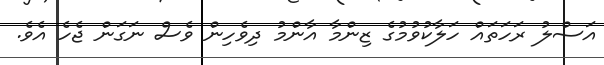
އަސްލު ރަހަތައް ހަލާކުވުމުގެ ޒިންމާ އާންމު ދިވެހިން ވެސް ނަގަން ޖެހެ އެވެ.